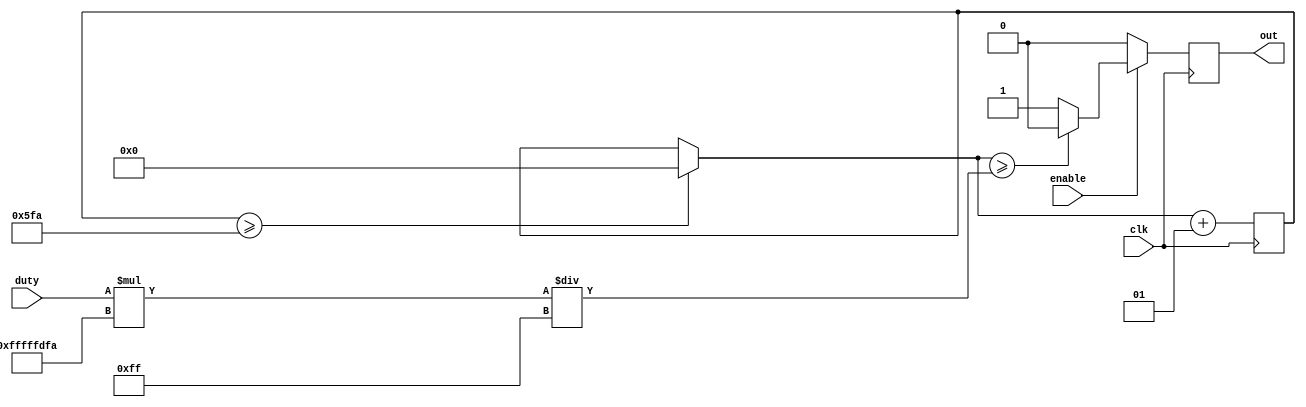
// PWM generator 

module pwm(out,clk,duty,enable);

   parameter CLK_FREQ_HZ = 12000000;	// iCEZUM clk is 12MHz
   parameter PWM_PERIOD_US = 20000; 	// Servo PWM period is 20ms	
   parameter DUTY_RES_BITS = 8;

   output out;
   input clk, enable;
   input [DUTY_RES_BITS-1:0] duty;

   reg out;
   
   // 1 tick = 1/CLK_FREQ_MHZ (us)

   integer pwm_period_ticks = PWM_PERIOD_US * CLK_FREQ_HZ / 1000000;
   integer edge_tick;
   integer ticks;

   initial begin
      ticks = 0; 
   end

   always @(posedge clk) begin

      if (ticks >= pwm_period_ticks) begin
         ticks = 0;
      end

      if (!enable) begin
         out = 1'b0;
      end
      else if (ticks >= edge_tick) begin
         out = 1'b0;
      end
      else begin 
         out = 1'b1;  
      end
      ticks = ticks + 1;
   end

   always @(duty)
      edge_tick = duty * pwm_period_ticks / ((1 << DUTY_RES_BITS)-1); 

endmodule